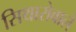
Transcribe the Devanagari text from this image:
सिथारोवाले